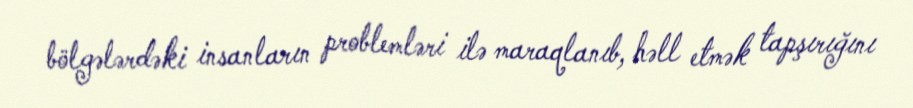
bölgələrdəki insanların problemləri ilə maraqlanıb, həll etmək tapşırığını